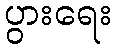
ပွားရေး